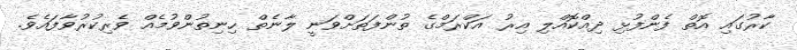
ކާރުގައި އޮތް ފެންފުޅި ދިއްކޮއްލި އިރު އަކްރަމްގެ ތުންފަތަށްވަނީ ލާނެތް ހިނިތުންވުމެއް ވެރިކުރުވާފައެވެ.